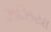
ઝઝિયા